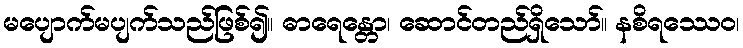
မပျောက်မပျက်သည်ဖြစ်၍။ ဓာရေန္တော၊ ဆောင်တည်ရှိသော်။ နစိရဿေဝ၊